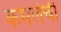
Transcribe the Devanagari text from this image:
कमलेची